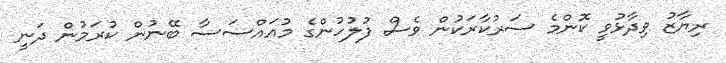
ރިޔާޒު ވިދާޅުވީ ކޮންމެ ސަރުކާރަކުން ވެސް ފުލުހުންގެ މުއައްސަސާ ބޭނުން ކުރަމުން ދަނީ